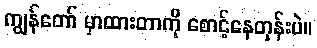
ကျွန်တော် မှာထားတာကို စောင့်နေတုန်းပဲ။